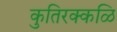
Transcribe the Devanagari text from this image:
कुतिरक्कळि